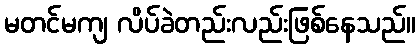
မတင်မကျ လိပ်ခဲတည်းလည်းဖြစ်နေသည်။